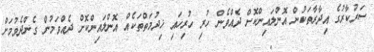
ސަރުކާރުގެ އިދާރާތަކުން އޮންލައިންކޮށް ދެއްވެން ހުރި ހުރިހައި ޚިދުމަތްތަކެއް އޮންލައިންކޮށް ދެއްވަމުން ގެންދެވުމަށް